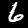
Label: 6